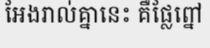
អែងរាល់គ្នានេះ គឺផ្លែព្នៅ